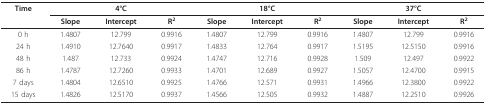
<table><thead><tr><td><b>Time</b></td><td colspan="3"><b>4°C</b></td><td colspan="3"><b>18°C</b></td><td colspan="3"><b>37°C</b></td></tr><tr><td></td><td><b>Slope</b></td><td><b>Intercept</b></td><td><b>R<sup>2</sup></b></td><td><b>Slope</b></td><td><b>Intercept</b></td><td><b>R<sup>2</sup></b></td><td><b>Slope</b></td><td><b>Intercept</b></td><td><b>R<sup>2</sup></b></td></tr></thead><tbody><tr><td>0 h</td><td>1.4807</td><td>12.799</td><td>0.9916</td><td>1.4807</td><td>12.799</td><td>0.9916</td><td>1.4807</td><td>12.799</td><td>0.9916</td></tr><tr><td>24 h</td><td>1.4910</td><td>12.7640</td><td>0.9917</td><td>1.4833</td><td>12.764</td><td>0.9917</td><td>1.5195</td><td>12.5150</td><td>0.9916</td></tr><tr><td>48 h</td><td>1.487</td><td>12.733</td><td>0.9924</td><td>1.4747</td><td>12.716</td><td>0.9928</td><td>1.509</td><td>12.497</td><td>0.9922</td></tr><tr><td>86 h</td><td>1.4787</td><td>12.7260</td><td>0.9933</td><td>1.4701</td><td>12.689</td><td>0.9927</td><td>1.5057</td><td>12.4700</td><td>0.9915</td></tr><tr><td>7 days</td><td>1.4804</td><td>12.6510</td><td>0.9925</td><td>1.4766</td><td>12.571</td><td>0.9931</td><td>1.4966</td><td>12.3800</td><td>0.9922</td></tr><tr><td>15 days</td><td>1.4826</td><td>12.5170</td><td>0.9937</td><td>1.4566</td><td>12.505</td><td>0.9932</td><td>1.4887</td><td>12.2510</td><td>0.9926</td></tr></tbody></table>